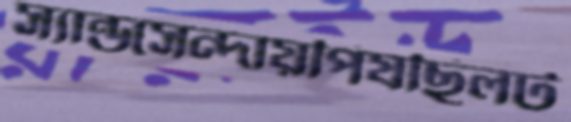
স্যান্ডসেন্দায়পিষছিলট